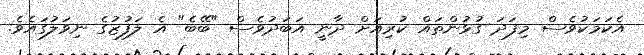
އެކަމަކުވެސް މިފަދަ ގުޅުންތައް ކުރިއަށް ދާނީ އަބަދުވެސް "ބޭބެ" އެ ލަފުޒުގެ ނިވަލުގައެވެ.